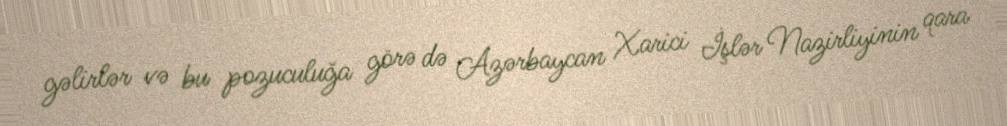
gəlirlər və bu pozuculuğa görə də Azərbaycan Xarici İşlər Nazirliyinin qara